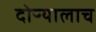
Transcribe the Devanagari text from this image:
दोऱ्यालाच